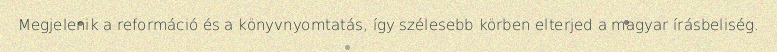
Megjelenik a reformáció és a könyvnyomtatás, így szélesebb körben elterjed a magyar írásbeliség.